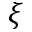
\xi